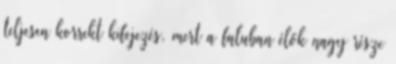
teljesen korrekt kifejezés, mert a faluban élők nagy része